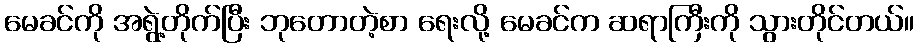
မေခင်ကို အရွဲ့တိုက်ပြီး ဘုတောတဲ့စာ ရေးလို့ မေခင်က ဆရာကြီးကို သွားတိုင်တယ်။